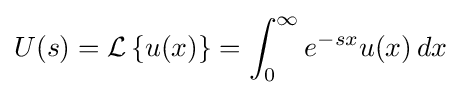
U(s)={\mathcal {L}}\left\{u(x)\right\}=\int _{0}^{\infty }e^{-sx}u(x)\,dx